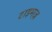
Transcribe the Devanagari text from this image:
टाइमज़